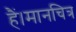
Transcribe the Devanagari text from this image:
हैं।मानचित्र